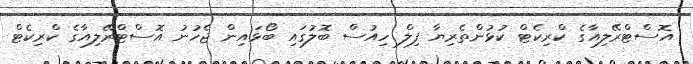
އޮސްޓްރޭލިއާގެ ކްރިކެޓް ކުޅުންތެރިޔާ ފިލް ހިއުސް ބޮލުގައި ބޯޅައިން ޖެހުނު އޮސްޓްރޭލިއާގެ ކްރިކެޓް